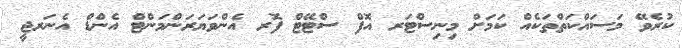
ކުރެވޭ މަސައްކަތްތަކެއް ކަމަށް މިނިސްޓަރ އޮފް ސްޓޭޓް ފޮރ އެންވަޔަރަންމަންޓް އެންޑް އެނަރޖީ